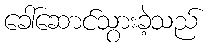
ခေါ်ဆောင်သွားခဲ့သည်